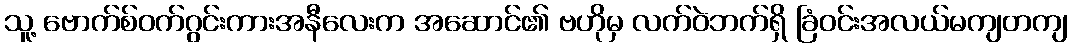
သူ့ ဗောက်စ်ဝက်ဂွင်းကားအနီလေးက အဆောင်၏ ဗဟိုမှ လက်ဝဲဘက်ရှိ ခြံဝင်းအလယ်မကျတကျ